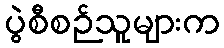
ပွဲစီစဉ်သူများက